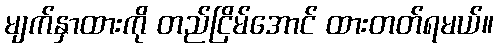
မျက်နှာထားကို တည်ငြိမ်အောင် ထားတတ်ရမယ်။